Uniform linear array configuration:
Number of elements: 64
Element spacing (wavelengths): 1
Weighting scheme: cosine
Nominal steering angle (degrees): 0
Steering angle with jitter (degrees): -1.632
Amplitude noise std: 0.05
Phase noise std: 0.05

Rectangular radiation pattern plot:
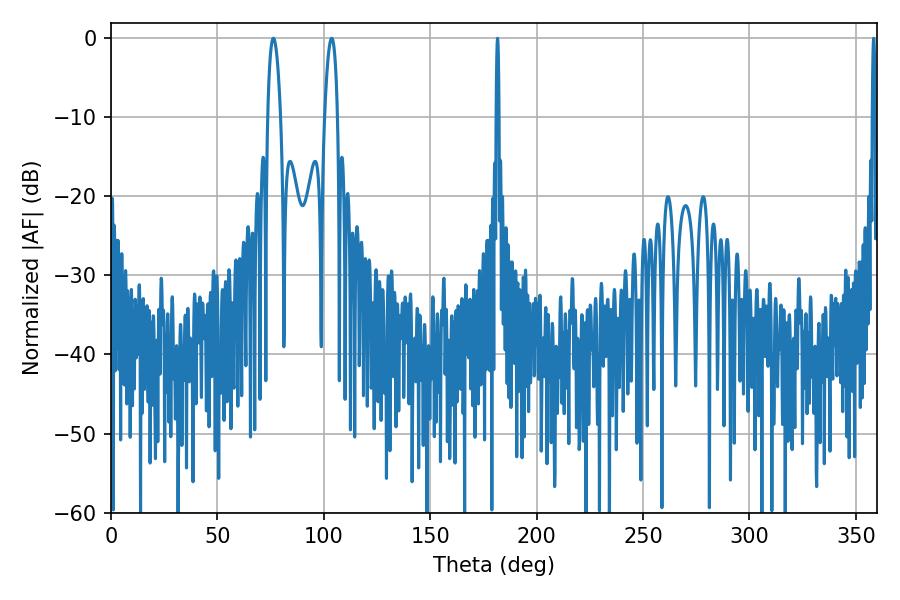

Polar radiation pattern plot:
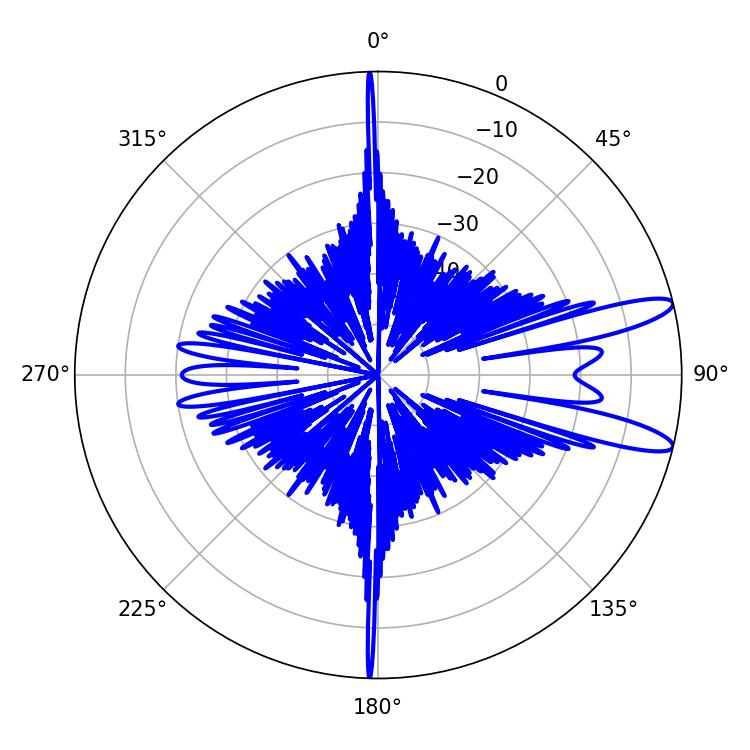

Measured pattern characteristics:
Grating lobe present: TRUE
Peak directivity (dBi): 11.955
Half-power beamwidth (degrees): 3.42
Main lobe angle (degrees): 76.32